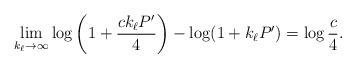
LaTeX: \begin{align*}\lim_{k_{\ell} \to \infty} \log \left( 1 + \frac{ c k_{\ell} P'}{4} \right) - \log(1 +k_{\ell} P') = \log\frac{c}4.\end{align*}